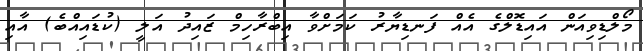
މޯލްޑިވިއަން އައިޑޮލްގެ އެއް ފަނޑިޔާރު ކަމަށްވާ އިބްރާހިމް ޒައިދު އަލީ (ކުޑައިއްބެ) އާއި